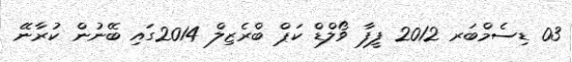
03 ޑިސެމްބަރ 2012 ފީފާ ވޯލްޑް ކަޕް ބްރެޒިލް 2014ގައި ބޭނުން ކުރާނޭ